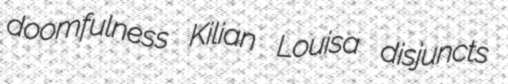
doomfulness Kilian Louisa disjuncts